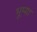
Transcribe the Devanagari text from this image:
भूम्या